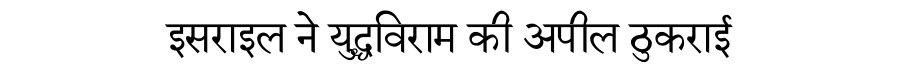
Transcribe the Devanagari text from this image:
इसराइल ने युद्धविराम की अपील ठुकराई